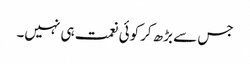
جس سے بڑھ کرکوئی نعمت ہی نہیں۔